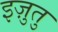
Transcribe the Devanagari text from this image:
इज़ुतु